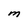
Character: M